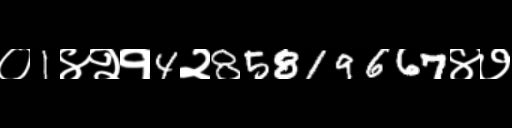
Text: ०1४२१4२85819667४७